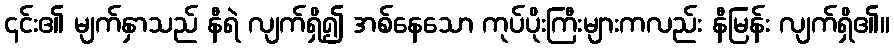
၎င်း၏ မျက်နှာသည် နီရဲ လျက်ရှိ၍ အစ်နေသော ကုပ်ပိုးကြီးများကလည်း နီမြန်း လျက်ရှိ၏။